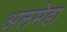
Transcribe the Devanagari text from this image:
अलमेडा